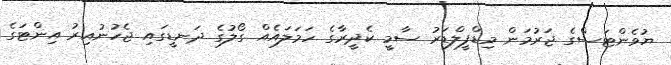
ޔުވެންޓަސްގެ ޖަރުމަން މިޑްފީލްޑަރު ސާމީ ކެދީރާގެ ހަމަލައެއް ގޯލުގެ ދަނޑީގައި ޖެހުނުއިރު އިންޓަގެ